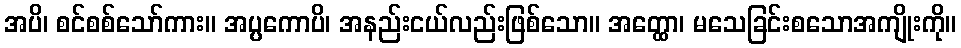
အပိ၊ စင်စစ်သော်ကား။ အပ္ပကောပိ၊ အနည်းငယ်လည်းဖြစ်သော။ အတ္ထော၊ မသေခြင်းစသောအကျိုးကို။